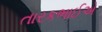
તારકભાઈએ